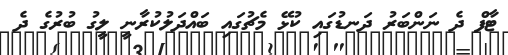
ޓާފް ދެ ނަންބަރު ދަނޑުގައި ކުޅޭ މެޗުގައި ބައްދަލުކުރާނީ ލީގު ބުރުގެ ދެ